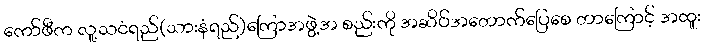
ကော်ဖီက လူ့သငံရည်(သားနံရည်)ကြောအဖွဲ့အ စည်းကို အဆိပ်အတောက်ပြေစေ တာကြောင့် အထူး